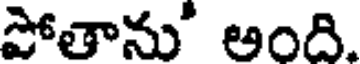
పోతాను' అంది.